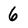
Character: 6